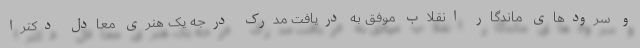
و سرودهای ماندگار انقلاب موفق به دریافت مدرک درجه یک هنری معادل دکترا